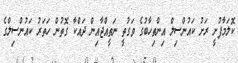
ކޮލަމާފުށީ ރަށު ކައުންސިލް އިންތިހާބުގެ ވަގުތީ ނަތީއްޖާއިން ދައްކާ ގޮތުން ހަތަރު ކައުންސިލްގެ